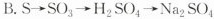
B.$$S\rightarrow SO_{3}\rightarrow H_{2}SO_{4}\rightarrow Na{2}SO_{4}$$